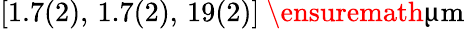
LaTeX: [1.7(2),\, 1.7(2),\, 19(2)]~\ensuremath{\upmu\mathrm{m}}